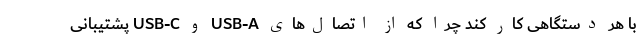
با هر دستگاهی کار کند چرا که از اتصال‌های USB-A و USB-C پشتیبانی